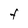
Character: F